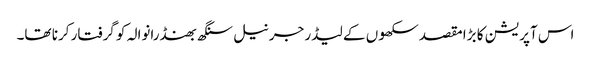
اس آپریشن کا بڑا مقصد سکھوں کے لیڈر جرنیل سنگھ بھنڈرانوالہ کو گرفتار کرنا تھا۔